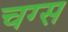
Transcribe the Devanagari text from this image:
चग्स